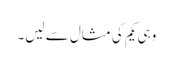
وہی یکم کی مثال سے لیں۔